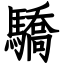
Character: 驕